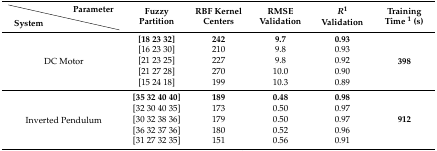
|  | Parameter | <ROWSPAN=2> Fuzzy Partition | <ROWSPAN=2> RBF Kernel Centers | <ROWSPAN=2> RMSE Validation | <ROWSPAN=2> R2 Validation | <ROWSPAN=2> Training Time 1 (s) |
 | System |  |
 | --- | --- | --- | --- | --- | --- | --- |
 | <ROWSPAN=5-COLSPAN=2> DC Motor | [18 23 32] | 242 | 9.7 | 0.93 | <ROWSPAN=5> 398 |
 | [16 23 30] | 210 | 9.8 | 0.93 |
 | [21 23 25] | 227 | 9.8 | 0.92 |
 | [21 27 28] | 270 | 10.0 | 0.90 |
 | [15 24 18] | 199 | 10.3 | 0.89 |
 | <ROWSPAN=5-COLSPAN=2> Inverted Pendulum | [35 32 40 40] | 189 | 0.48 | 0.98 | <ROWSPAN=5> 912 |
 | [32 30 40 35] | 173 | 0.50 | 0.97 |
 | [30 32 38 36] | 179 | 0.50 | 0.97 |
 | [36 32 37 36] | 180 | 0.52 | 0.96 |
 | [31 27 32 35] | 151 | 0.56 | 0.91 |